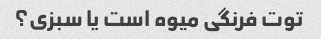
توت فرنگی میوه است یا سبزی؟